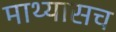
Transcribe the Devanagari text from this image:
माथ्यासच